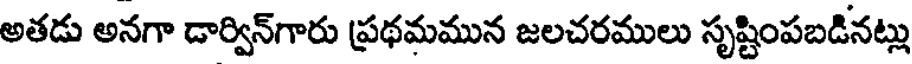
అతడు అనగా డార్విన్గారు ప్రథమమున జలచరములు సృష్టింపబడినట్లు